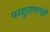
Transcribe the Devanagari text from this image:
परशुरामानेही